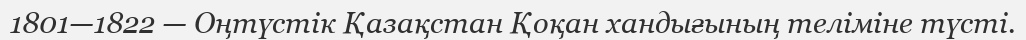
1801—1822 — Оңтүстік Қазақстан Қоқан хандығының теліміне түсті.